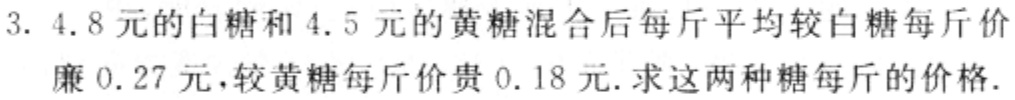
3. 4.8元的白糖和4.5元的黄糖混合后每斤平均较白糖每斤价

廉0.27元，较黄糖每斤价贵0.18元.求这两种糖每斤的价格.